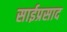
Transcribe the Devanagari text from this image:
साईप्रसाद